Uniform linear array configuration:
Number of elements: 64
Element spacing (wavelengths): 0.25
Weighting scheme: hamming
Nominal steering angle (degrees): -60
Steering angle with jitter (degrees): -61.513
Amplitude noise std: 0.05
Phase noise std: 0.05

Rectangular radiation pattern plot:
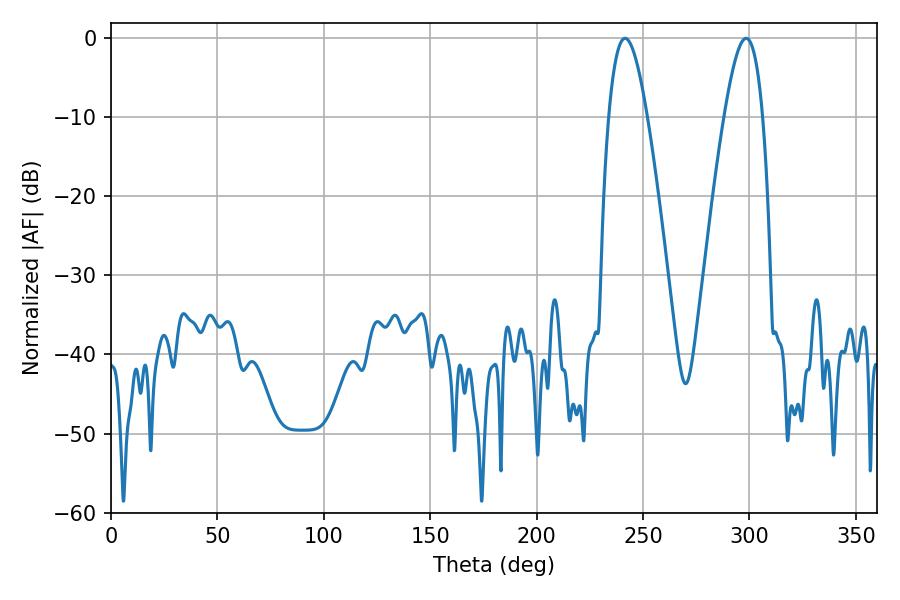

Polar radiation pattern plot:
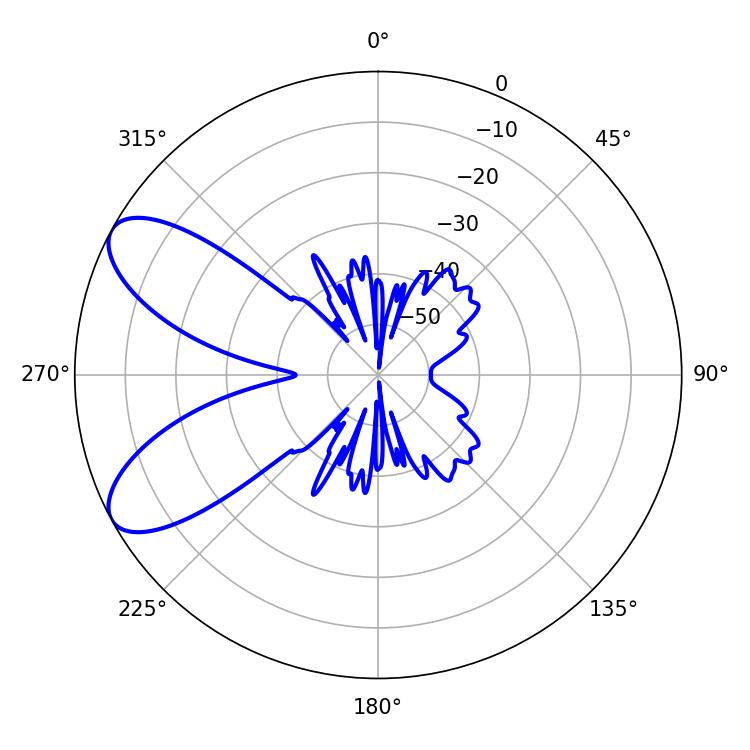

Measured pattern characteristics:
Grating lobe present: FALSE
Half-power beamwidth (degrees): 9.9
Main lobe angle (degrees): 298.44